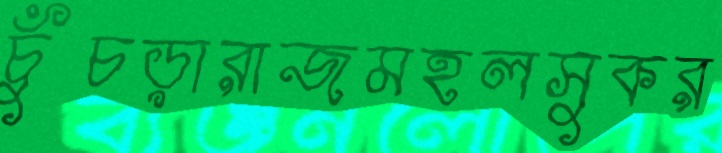
চুঁচড়ারাজমহলসুকর